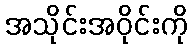
အသိုင်းအဝိုင်းကို